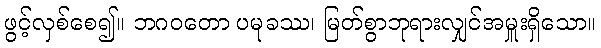
ဖွင့်လှစ်စေ၍။ ဘဂဝတော ပမုခဿ၊ မြတ်စွာဘုရားလျှင်အမှူးရှိသော။